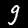
Digit: 9